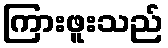
ကြားဖူးသည်